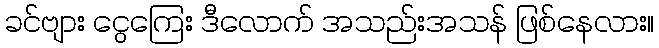
ခင်ဗျား ငွေကြေး ဒီလောက် အသည်းအသန် ဖြစ်နေလား။